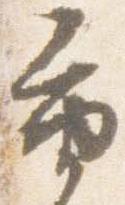
重